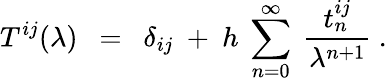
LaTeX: T^{ij}(\lambda)~~=~~\delta_{ij}~+~h~\sum_{n=0}^{\infty}~{\frac{t_{n}^{ij}}{\lambda^{n+1}}}~.